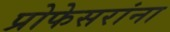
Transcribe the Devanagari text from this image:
प्रोफेसरांना